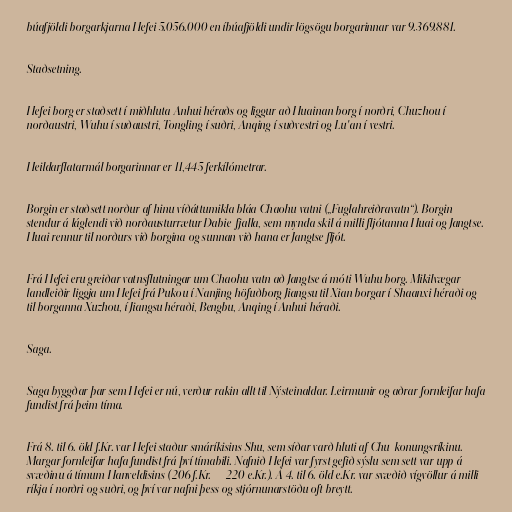
búafjöldi borgarkjarna Hefei 5.056.000 en íbúafjöldi undir lögsögu borgarinnar var 9.369.881.

Staðsetning.

Hefei borg er staðsett í miðhluta Anhui héraðs og liggur að Huainan borg í norðri, Chuzhou í
norðaustri, Wuhu í suðaustri, Tongling í suðri, Anqing í suðvestri og Lu'an í vestri.

Heildarflatarmál borgarinnar er 11,445 ferkílómetrar.

Borgin er staðsett norður af hinu víðáttumikla bláa Chaohu vatni („Fuglahreiðravatn“). Borgin
stendur á láglendi við norðausturrætur Dabie-fjalla, sem mynda skil á milli fljótanna Huai og Jangtse.
Huai rennur til norðurs við borgina og sunnan við hana er Jangtse fljót.

Frá Hefei eru greiðar vatnsflutningar um Chaohu vatn að Jangtse á móti Wuhu borg. Mikilvægar
landleiðir liggja um Hefei frá Pukou í Nanjing höfuðborg Jiangsu til Xian borgar í Shaanxi héraði og
til borganna Xuzhou, í Jiangsu héraði, Bengbu, Anqing í Anhui héraði.

Saga.

Saga byggðar þar sem Hefei er nú, verður rakin allt til Nýsteinaldar. Leirmunir og aðrar fornleifar hafa
fundist frá þeim tíma.

Frá 8. til 6. öld f.Kr. var Hefei staður smáríkisins Shu, sem síðar varð hluti af Chu-konungsríkinu.
Margar fornleifar hafa fundist frá því tímabili. Nafnið Hefei var fyrst gefið sýslu sem sett var upp á
svæðinu á tímum Hanveldisins (206 f.Kr.— 220 e.Kr.). Á 4. til 6. öld e.Kr. var svæðið vígvöllur á milli
ríkja í norðri og suðri, og því var nafni þess og stjórnunarstöðu oft breytt.